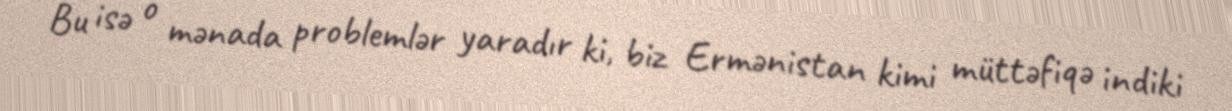
Bu isə o mənada problemlər yaradır ki, biz Ermənistan kimi müttəfiqə indiki